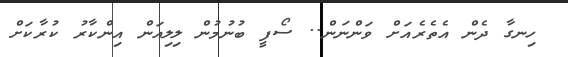
ހިނގާ ދެން އެތެރެއަށް ވަންނަން.. ސޯފީ ބުނުމުން ލިލިއަން އިންކާރު ކުރާކަށް